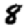
Digit: 8